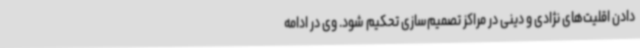
دادن اقلیت‌های نژادی و دینی در مراکز تصمیم‌سازی تحکیم شود. وی در ادامه